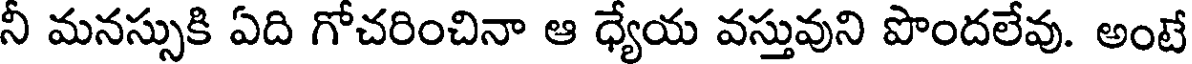
నీ మనస్సుకి ఏది గోచరించినా ఆ ధ్యేయ వస్తువుని పొందలేవు. అంటే